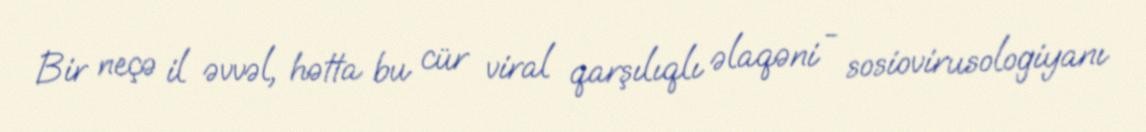
Bir neçə il əvvəl, hətta bu cür viral qarşılıqlı əlaqəni - sosiovirusologiyanı